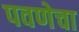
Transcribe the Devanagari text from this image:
पवणेचा